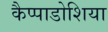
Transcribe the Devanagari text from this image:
कैप्पाडोशिया